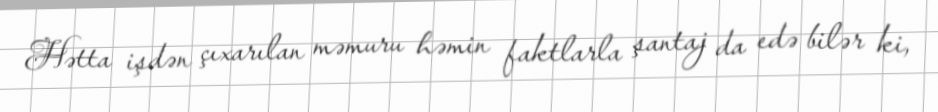
Hətta işdən çıxarılan məmuru həmin faktlarla şantaj da edə bilər ki,